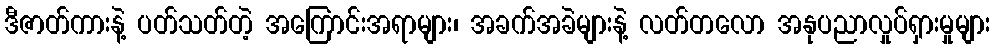
ဒီဇာတ်ကားနဲ့ ပတ်သတ်တဲ့ အကြောင်းအရာများ၊ အခက်အခဲများနဲ့ လတ်တလော အနုပညာလှုပ်ရှားမှုများ